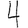
Digit: 4